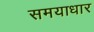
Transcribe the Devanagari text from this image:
समयाधार